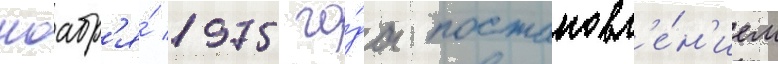
ноабр'я́ 1975 го́да постановл'е́н'ием